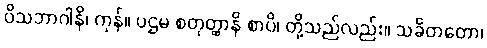
ဝိသဘာဂါနိ၊ ကုန်။ ပဌမ စတုတ္ထာနိ စာပိ၊ တို့သည်လည်း။ သင်္ခတတော၊